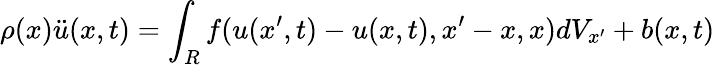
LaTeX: \rho(x){\ddot{u}}(x,t)=\int_{R}f(u(x^{\prime},t)-u(x,t),x^{\prime}-x,x)dV_{x^{\prime}}+b(x,t)